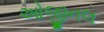
ઓજીનલ